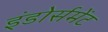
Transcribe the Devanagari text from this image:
इंडोर्समेंट